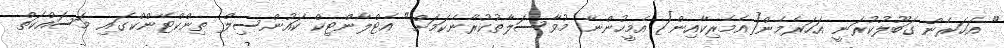
" އަހަރެން ގަބޫލުކުރަނީ އަހަރެމެން[އެމެރިކާއިން] އެމީހުންނާ މުވާސަލާތުކުރާނެކަމަށް" އެޓްލާންޓިކް ކައުންސިލް ތިންކްޓޭންކްގައި މަސައްކަތް